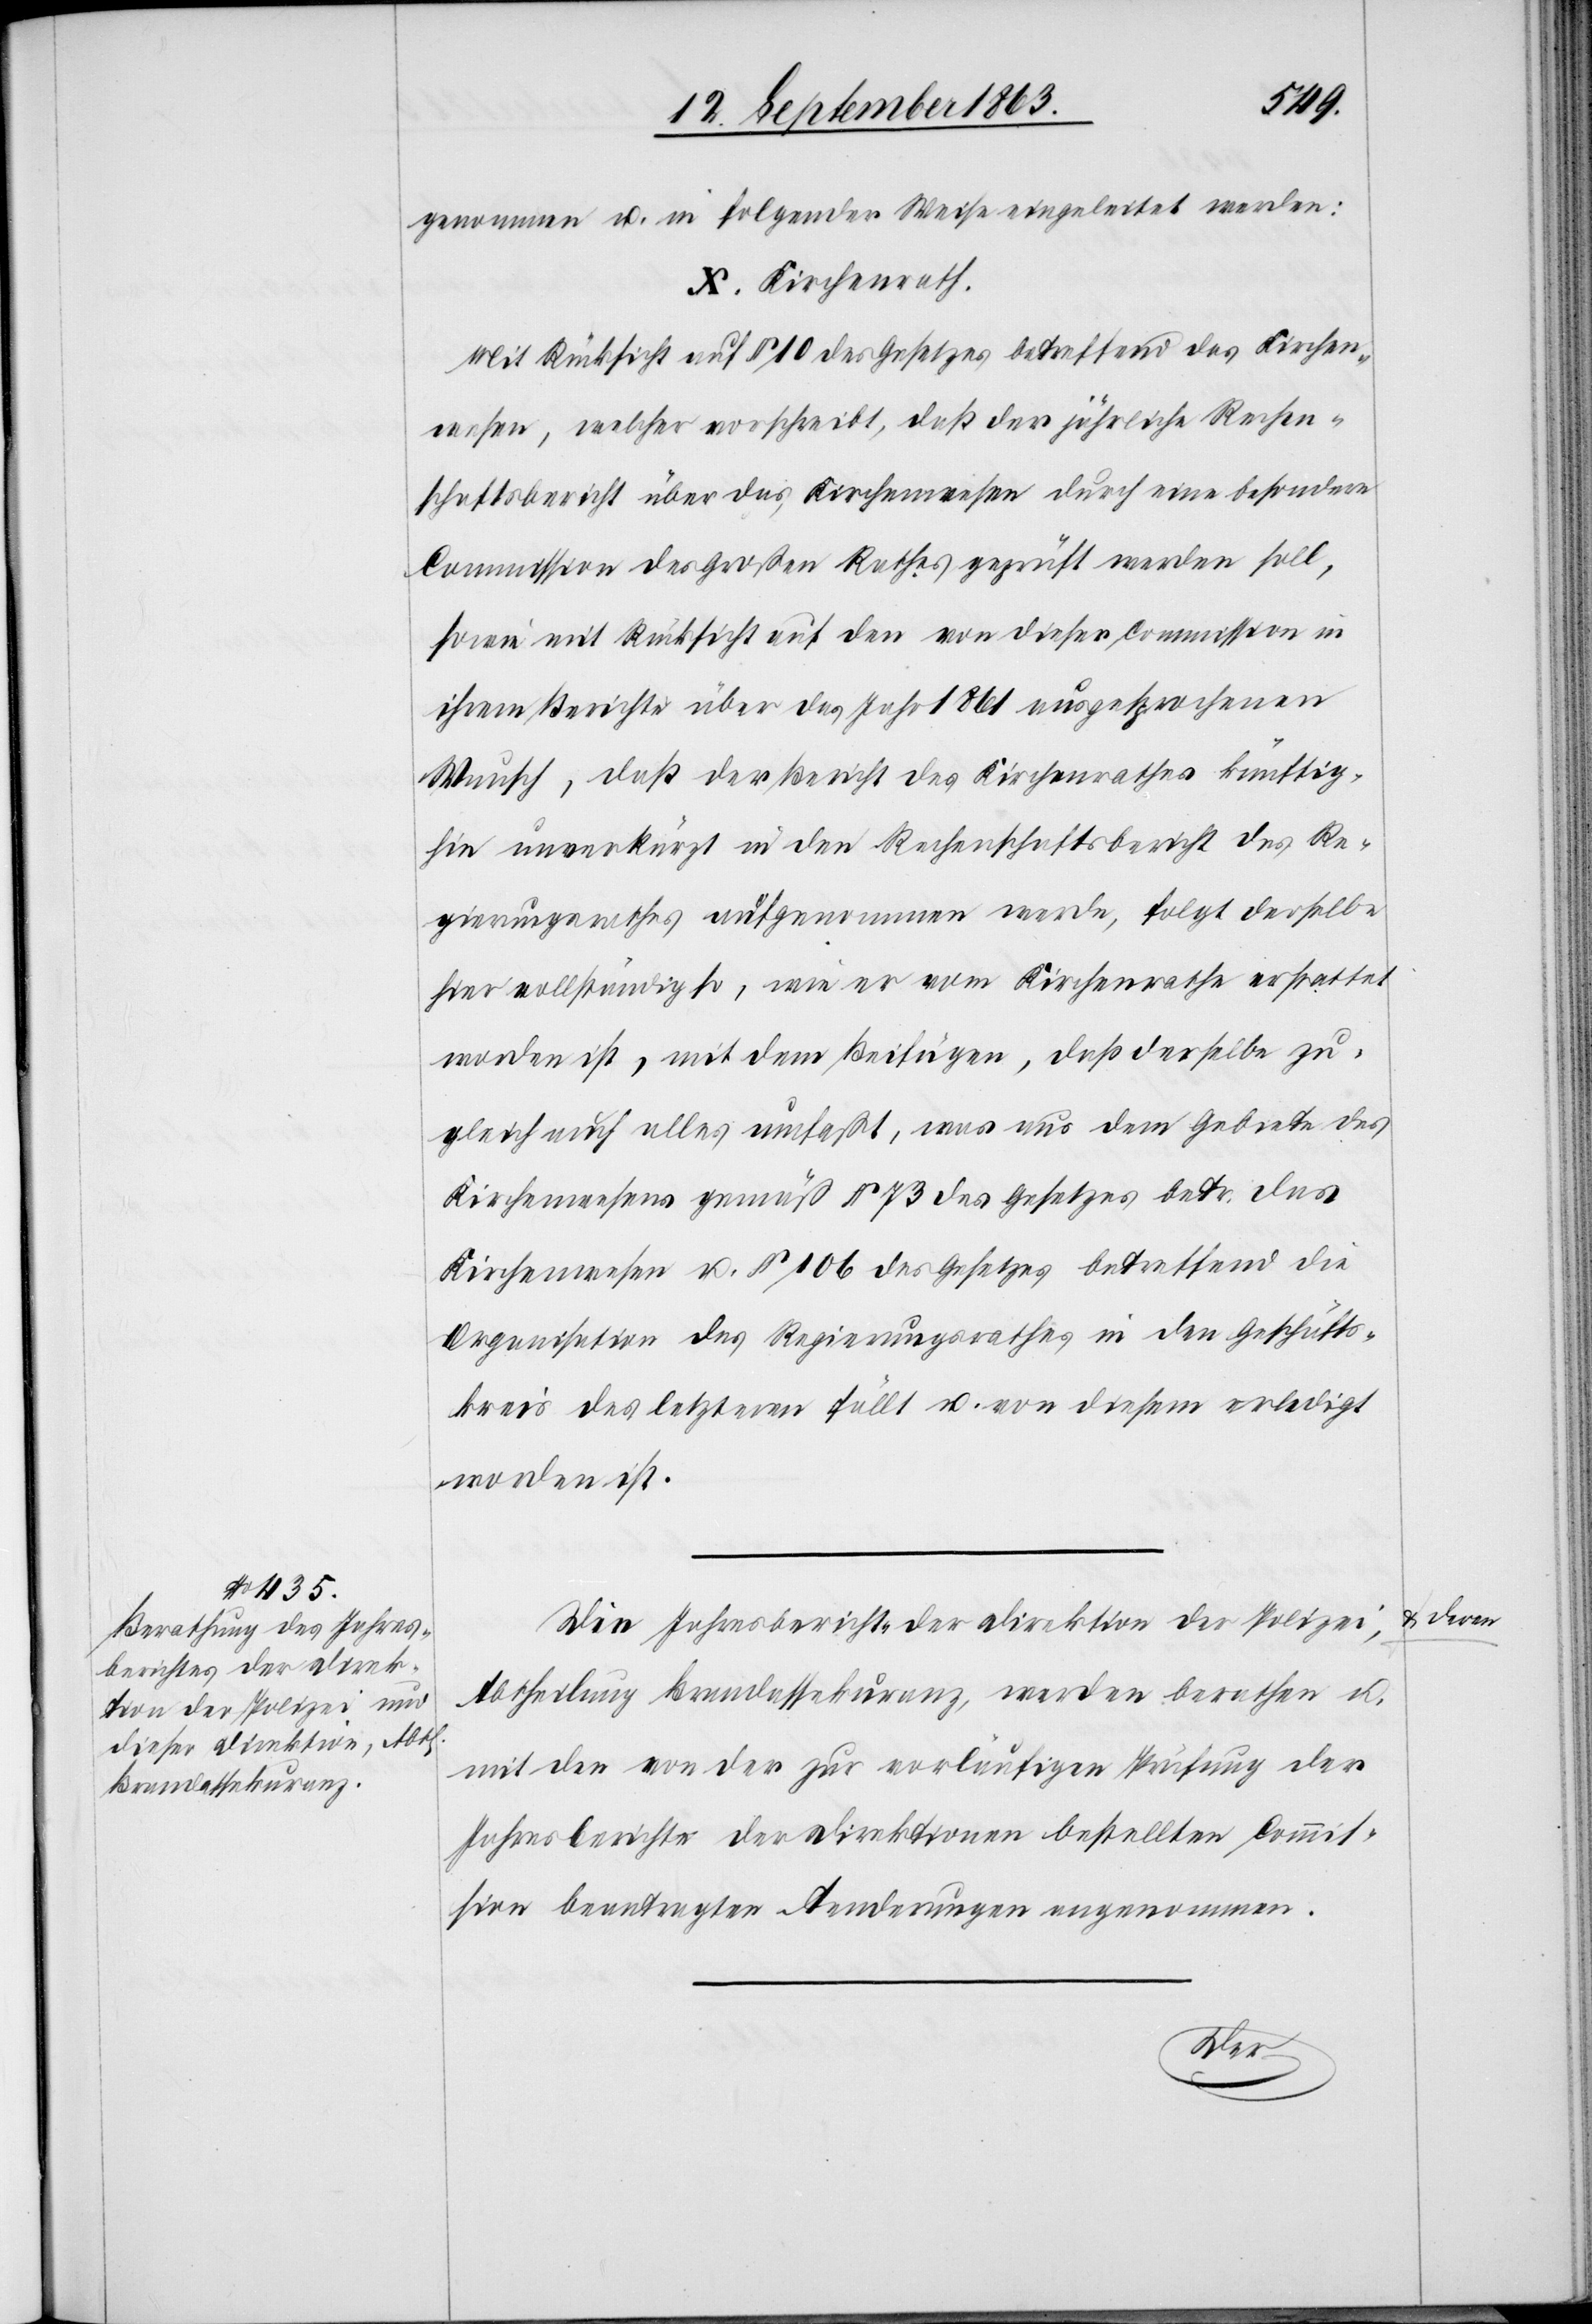
genommen u. in folgender Weise eingeleitet werden:
X. Kirchenrath.
Mit Rücksicht auf § 10 des Gesetzes betreffend das Kirchen¬
wesen, welcher vorschreibt, daß der jährliche Rechen¬
schaftsbericht über das Kirchenwesen durch eine besondere
Commission des Großen Rathes geprüft werden soll,
sowie mit Rücksicht auf den von dieser Commission in
ihrem Berichte über das Jahr 1861 ausgesprochenen
Wunsch, daß der Bericht des Kirchenrathes künftig¬
hin unverkürzt in den Rechenschaftsbericht des Re¬
gierungsrathes aufgenommen werde, folgt derselbe
hier vollständig so, wie er vom Kirchenrathe erstattet
worden ist, mit dem Beifügen, daß derselbe zu¬
gleich auch alles umfaßt, was aus dem Gebiete des
Kirchenwesens gemäß § 73 des Gesetzes betr. das
Kirchenwesen u. § 106 des Gesetzes betreffend die
Organisation des Regierungsrathes in den Geschäfts¬
kreis des letzteren fällt u. von diesem erledigt
worden ist.
Die Jahresberichte der Direktion der Polizei,
Abtheilung Brandassekuranz, werden berathen u.
mit den von der zur vorläufigen Prüfung der
Jahresberichte der Direktionen bestellten Commis¬
sion beantragten Aenderungen angenommen.